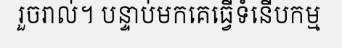
រួចរាល់។ បន្ទាប់មកគេធ្វើទំនើបកម្ម